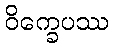
ဝိက္ခေပဿ